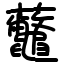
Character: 虌